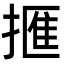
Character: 㨤